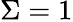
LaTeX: \Sigma=1